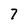
Character: 7